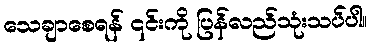
သေချာစေရန် ၎င်းကို ပြန်လည်သုံးသပ်ပါ။